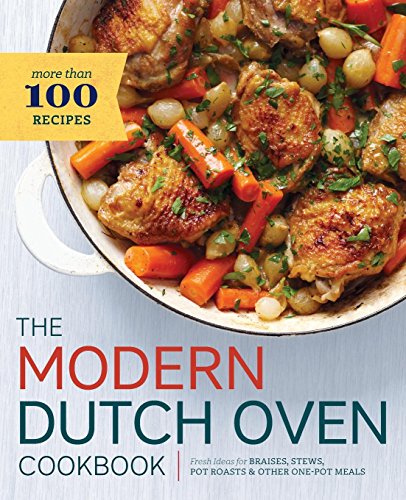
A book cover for Modern Dutch Oven Cookbook: Fresh Ideas for Braises, Stews, Pot Roasts, and Other One-Pot Meals; Rockridge Press; Cookbooks, Food & Wine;